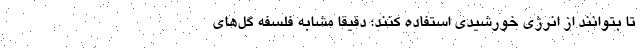
تا بتوانند از انرژی خورشیدی استفاده کنند؛ دقیقا مشابه فلسفه گل‌های